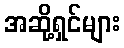
အဆို့ရှင်များ